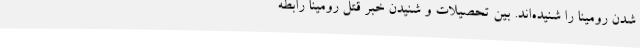
شدن رومینا را شنیده‌اند. بین تحصیلات و شنیدن خبر قتل رومینا رابطه